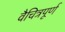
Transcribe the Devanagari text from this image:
वैचित्रपूर्ण